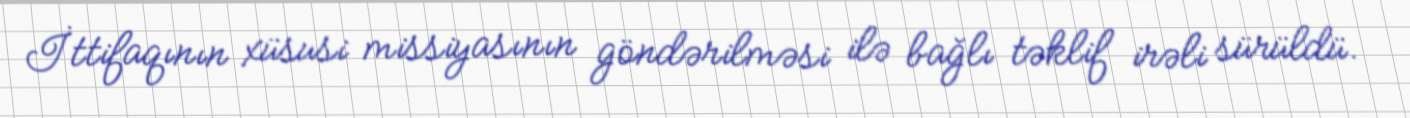
İttifaqının xüsusi missiyasının göndərilməsi ilə bağlı təklif irəli sürüldü.